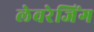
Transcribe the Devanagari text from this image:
लेवरेजिंग